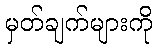
မှတ်ချက်များကို